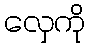
လှေကို